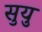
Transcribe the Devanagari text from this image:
सुयु